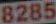
8285